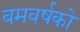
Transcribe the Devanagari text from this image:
बमवर्षको